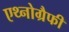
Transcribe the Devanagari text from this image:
एथ्नोग्रैफी